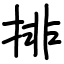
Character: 排